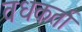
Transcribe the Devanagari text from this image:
वधकर्ता